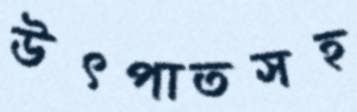
উৎপাতসহ